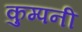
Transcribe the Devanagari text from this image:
कुम्पनी